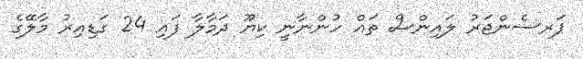
ޕަރސެންޖަރު ލައިންސް ތައް ހުންނާނީ ކިޔޫ ދަމާލާ ފައި 24 ގަޑިއިރު މާލޭގެ